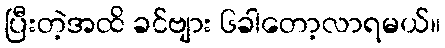
ပြီးတဲ့အထိ ခင်ဗျား ၆ခါတော့လာရမယ်။